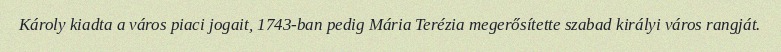
Károly kiadta a város piaci jogait, 1743-ban pedig Mária Terézia megerősítette szabad királyi város rangját.